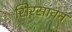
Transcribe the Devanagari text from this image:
सिरसावन